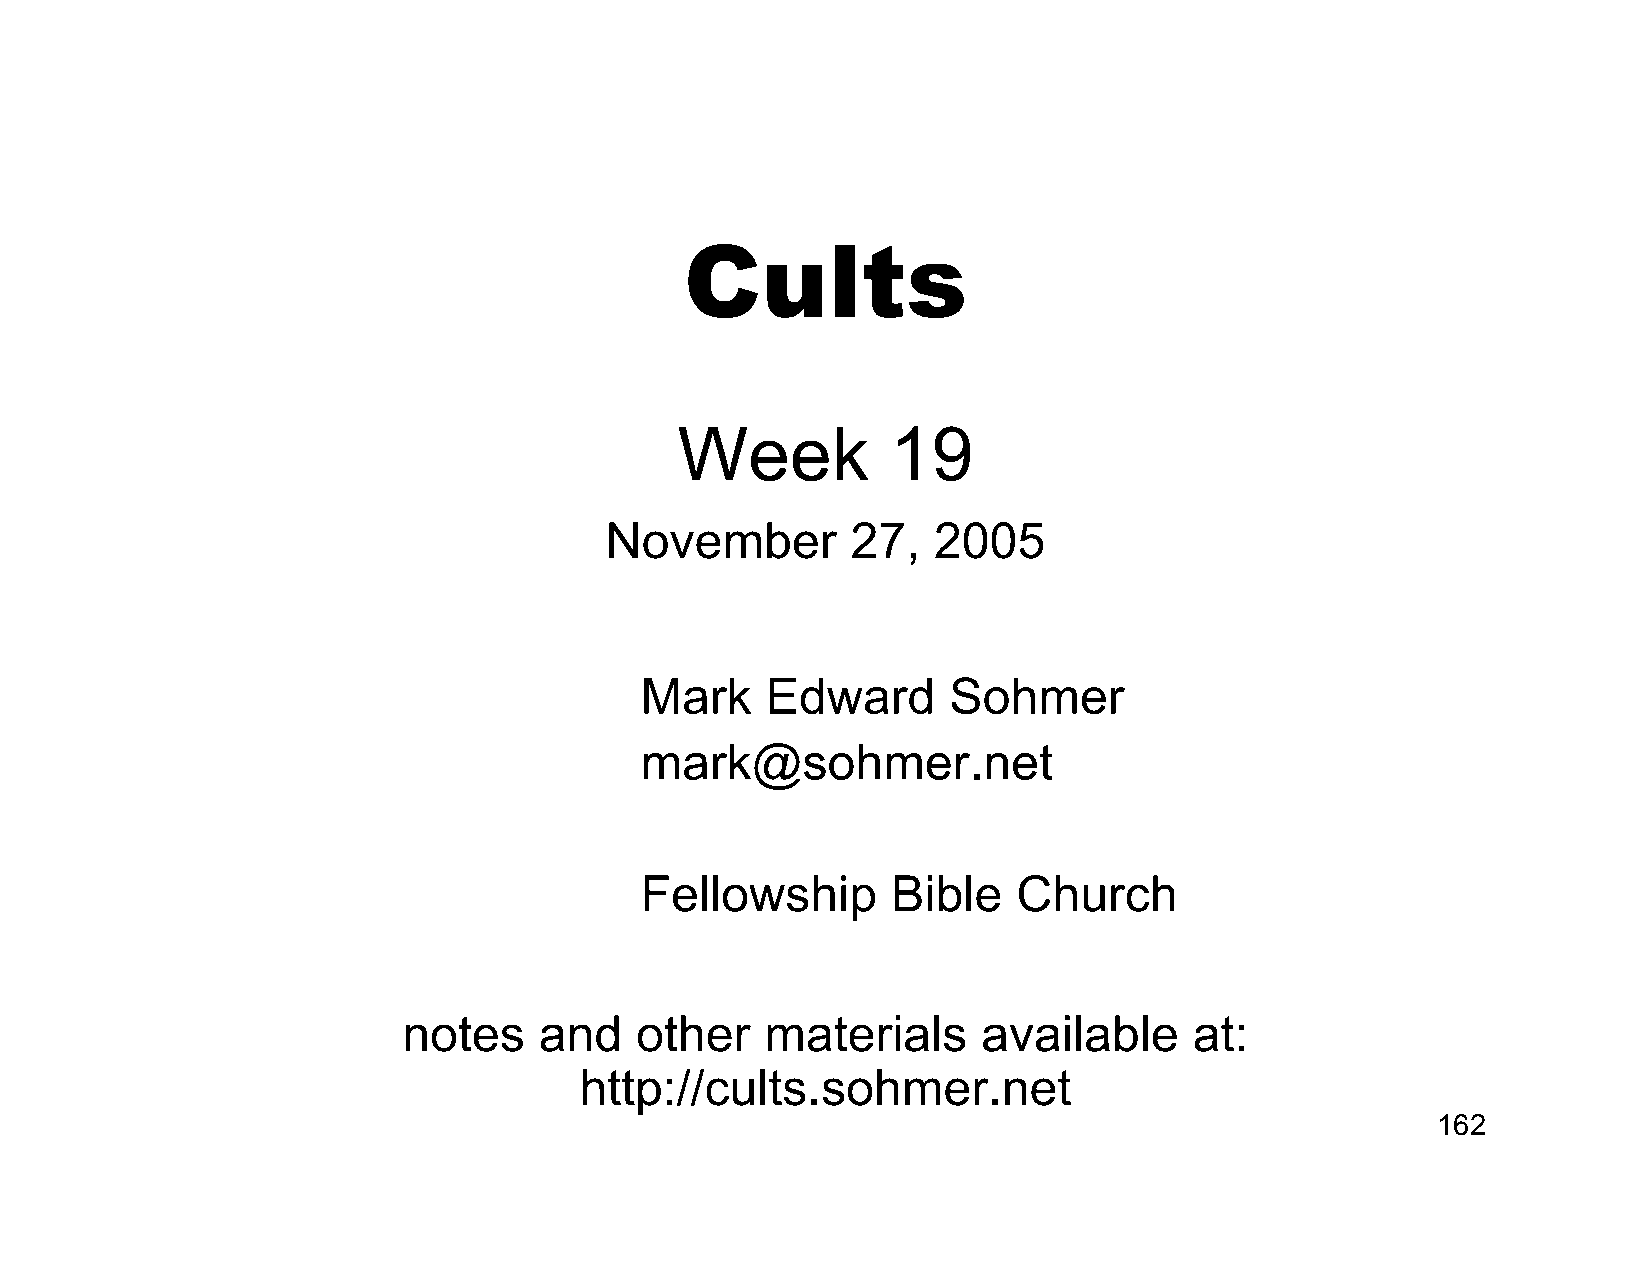
Cults
 Week          19
 November        27,   2005
 Mark     Edward      Sohmer
 mark@sohmer.net
 Fellowship       Bible   Church
 notes    and   other    materials     available     at:
 http://cults.sohmer.net
 162